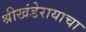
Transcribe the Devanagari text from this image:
श्रीखंडेरायाचा